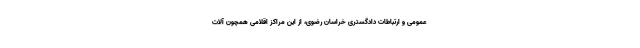
عمومی و ارتباطات دادگستری خراسان رضوی، از این مراکز اقلامی همچون آلات